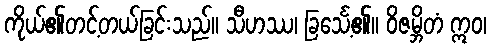
ကိုယ်၏တင့်တယ်ခြင်းသည်။ သီဟဿ၊ ခြင်္သေ့၏။ ဝိဇမ္ဘိတံ ဣဝ၊